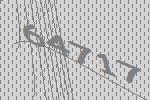
64717